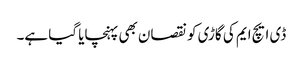
ڈی ایچ ایم کی گاڑی کو نقصان بھی پہنچایا گیا ہے۔